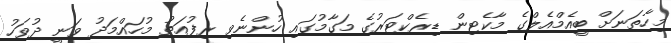
މިހާތަނަށް ބީއެމްއެލްގެ މާކެޓިން ޑިރެކްޓަރުގެ މަގާމުގައި ހުންނެވި ރިފުއަތު މުހައްމަދު ވަނީ ދުވަހު